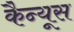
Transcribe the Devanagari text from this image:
कैन्यूस